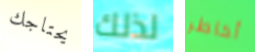
يحتاجك لذلك أخاطر